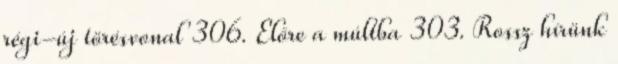
régi-új törésvonal 306. Előre a múltba 303. Rossz hírünk